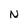
Character: N